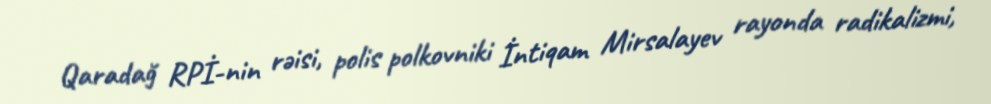
Qaradağ RPİ-nin rəisi, polis polkovniki İntiqam Mirsalayev rayonda radikalizmi,